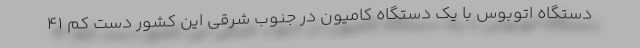
دستگاه اتوبوس با یک دستگاه کامیون در جنوب شرقی این کشور دست کم ۴۱